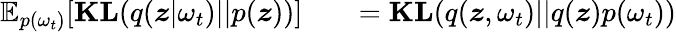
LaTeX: \begin{array}{rlr}{\mathbb{E}_{p(\omega_{t})}[\textbf{KL}(q(\boldsymbol{z}|\omega_{t})||p(\boldsymbol{z}))]}&{{}}&{=\textbf{KL}(q(\boldsymbol{z},\omega_{t})||q(\boldsymbol{z})p(\omega_{t}))}\end{array}